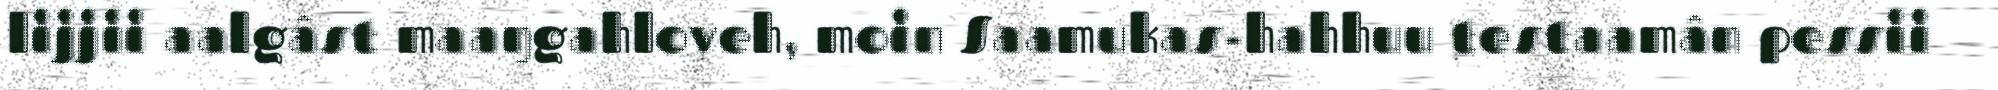
lijjii aalgâst maaŋgahloveh, moin Saamukas-hahhuu testaamân pessii